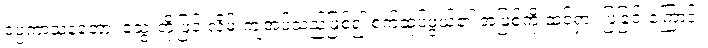
ဝပ္ပကာသနတော၊ သွေးတို့ဖြင့် လိမ်းကျံအပ်သည်ဖြစ်၍ စက်ဆုပ်ဖွယ်၏ အဖြစ်ကို ထင်ရှား ပြခြင်းကြောင့်။